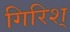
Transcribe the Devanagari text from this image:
गिरिश्